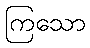
ကြသော